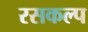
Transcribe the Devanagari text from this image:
रसकल्प